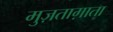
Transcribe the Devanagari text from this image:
मुज़ताग़ाता